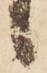
候